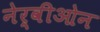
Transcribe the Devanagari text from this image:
नेर्वीओन